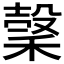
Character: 𥡛